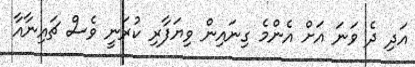
އަދި ދެ ވަނަ އަށް އެންމެ ގިނައިން ވިޔަފާރި ކުރަނީ ވެސް ޗައިނާއާ